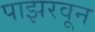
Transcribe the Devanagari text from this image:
पाझरवून